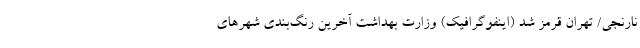
نارنجی/ تهران قرمز شد (اینفوگرافیک) وزارت بهداشت آخرین رنگ‌بندی شهرهای